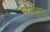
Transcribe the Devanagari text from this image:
सान्दाल